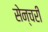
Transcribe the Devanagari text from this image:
सेन्चरी